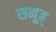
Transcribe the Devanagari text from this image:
समूह्